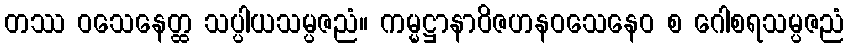
တဿ ဝသေနေတ္ထ သပ္ပါယသမ္ပဇညံ။ ကမ္မဋ္ဌာနာဝိဇဟနဝသေနေဝ စ ဂေါစရသမ္ပဇညံ